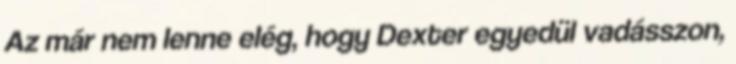
Az már nem lenne elég, hogy Dexter egyedül vadásszon,